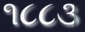
૧૮૮૩